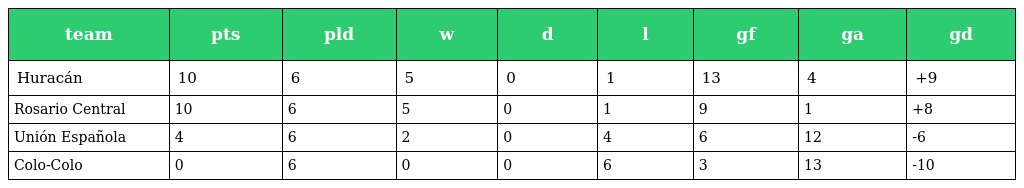
| team | pts | pld | w | d | l | gf | ga | gd |
 | --- | --- | --- | --- | --- | --- | --- | --- | --- |
 | Huracán | 10 | 6 | 5 | 0 | 1 | 13 | 4 | +9 |
 | Rosario Central | 10 | 6 | 5 | 0 | 1 | 9 | 1 | +8 |
 | Unión Española | 4 | 6 | 2 | 0 | 4 | 6 | 12 | -6 |
 | Colo-Colo | 0 | 6 | 0 | 0 | 6 | 3 | 13 | -10 |